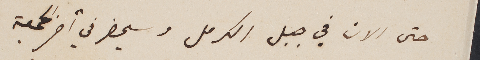
حتى الان في جبل الكرمل وسيحضر في آخر الجمعة